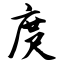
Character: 庹